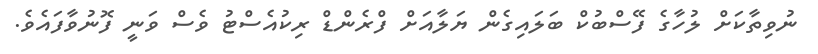
ނުވިތާކަށް ލުހާގެ ފޭސްބުކް ބަލައިގެން ޔަލާއަށް ފްރެންޑް ރިކުއެސްޓު ވެސް ވަނީ ފޮނުވާފައެވެ.